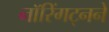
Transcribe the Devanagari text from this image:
नॉरिंगट्नने